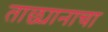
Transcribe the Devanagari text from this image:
ताछ्यानाचा